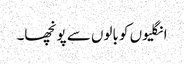
انگلیوں کو بالوں سے پونچھا۔